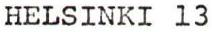
HELSINKI 13